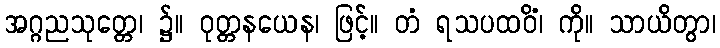
အဂ္ဂညသုတ္တေ၊ ၌။ ဝုတ္တနယေန၊ ဖြင့်။ တံ ရသပထဝိံ၊ ကို။ သာယိတွာ၊